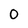
Character: 0